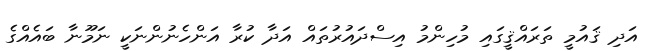
އަދި ޤައުމީ ތަރައްޤީގައި މުހިންމު އިސްދައުރުތައް އަދާ ކުރާ އަންހެނުންނަކީ ނަމޫނާ ބައެއްގެ